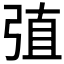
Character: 𢏶